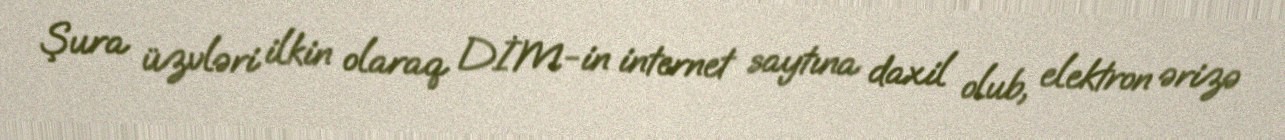
Şura üzvləri ilkin olaraq DİM-in internet saytına daxil olub, elektron ərizə